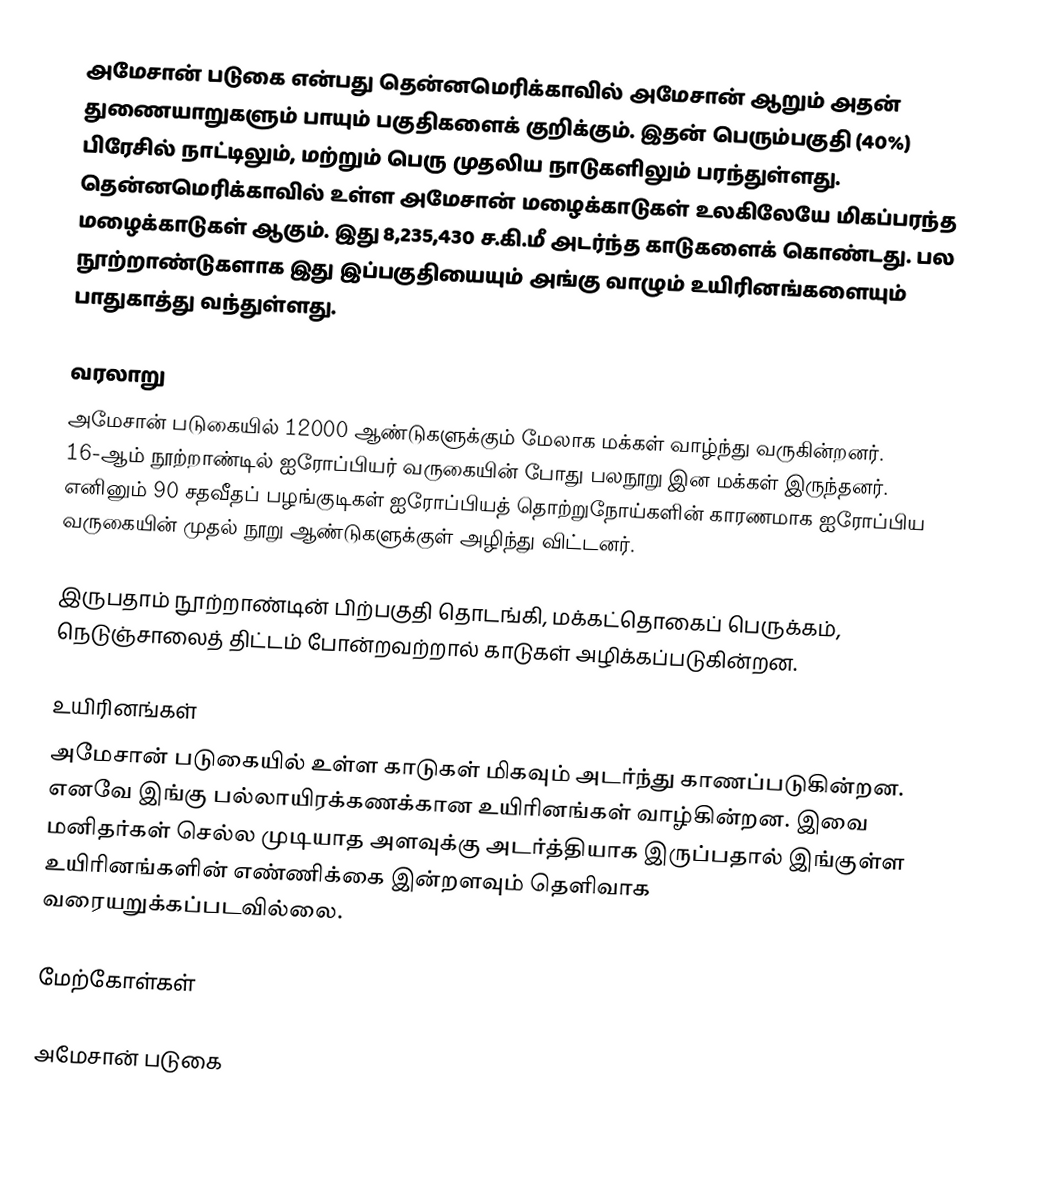
அமேசான் படுகை என்பது தென்னமெரிக்காவில் அமேசான் ஆறும் அதன் துணையாறுகளும் பாயும் பகுதிகளைக் குறிக்கும். இதன் பெரும்பகுதி (40%) பிரேசில் நாட்டிலும், மற்றும் பெரு முதலிய நாடுகளிலும் பரந்துள்ளது. தென்னமெரிக்காவில் உள்ள அமேசான் மழைக்காடுகள் உலகிலேயே மிகப்பரந்த மழைக்காடுகள் ஆகும். இது 8,235,430 ச.கி.மீ அடர்ந்த காடுகளைக் கொண்டது. பல நூற்றாண்டுகளாக இது இப்பகுதியையும் அங்கு வாழும் உயிரினங்களையும் பாதுகாத்து வந்துள்ளது.

வரலாறு
அமேசான் படுகையில் 12000 ஆண்டுகளுக்கும் மேலாக மக்கள் வாழ்ந்து வருகின்றனர். 16-ஆம் நூற்றாண்டில் ஐரோப்பியர் வருகையின் போது பலநூறு இன மக்கள் இருந்தனர். எனினும் 90 சதவீதப் பழங்குடிகள் ஐரோப்பியத் தொற்றுநோய்களின் காரணமாக ஐரோப்பிய வருகையின் முதல் நூறு ஆண்டுகளுக்குள் அழிந்து விட்டனர்.

இருபதாம் நூற்றாண்டின் பிற்பகுதி தொடங்கி, மக்கட்தொகைப் பெருக்கம், நெடுஞ்சாலைத் திட்டம் போன்றவற்றால் காடுகள் அழிக்கப்படுகின்றன.

உயிரினங்கள்
அமேசான் படுகையில் உள்ள காடுகள் மிகவும் அடர்ந்து காணப்படுகின்றன. எனவே இங்கு பல்லாயிரக்கணக்கான உயிரினங்கள் வாழ்கின்றன. இவை மனிதர்கள் செல்ல முடியாத அளவுக்கு அடர்த்தியாக இருப்பதால் இங்குள்ள உயிரினங்களின் எண்ணிக்கை இன்றளவும் தெளிவாக வரையறுக்கப்படவில்லை.

மேற்கோள்கள்

அமேசான் படுகை